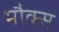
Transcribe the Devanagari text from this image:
मौक्स